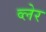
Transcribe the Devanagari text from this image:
व्‍लेर